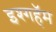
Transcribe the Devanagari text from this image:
इश्गहॅम